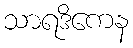
သာရဒိကေန